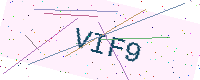
Text: VIF9